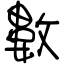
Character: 數